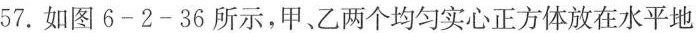
57. 如图6-2-36所示，甲、乙两个均匀实心正方体放在水平地